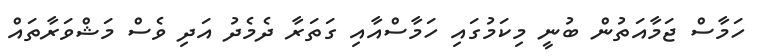
ހަމާސް ޖަމާއަތުން ބުނީ މިކަމުގައި ހަމާސްއާއި ގަތަރާ ދެމެދު އަދި ވެސް މަޝްވަރާތައް